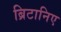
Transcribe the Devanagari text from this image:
ब्रिटानिए